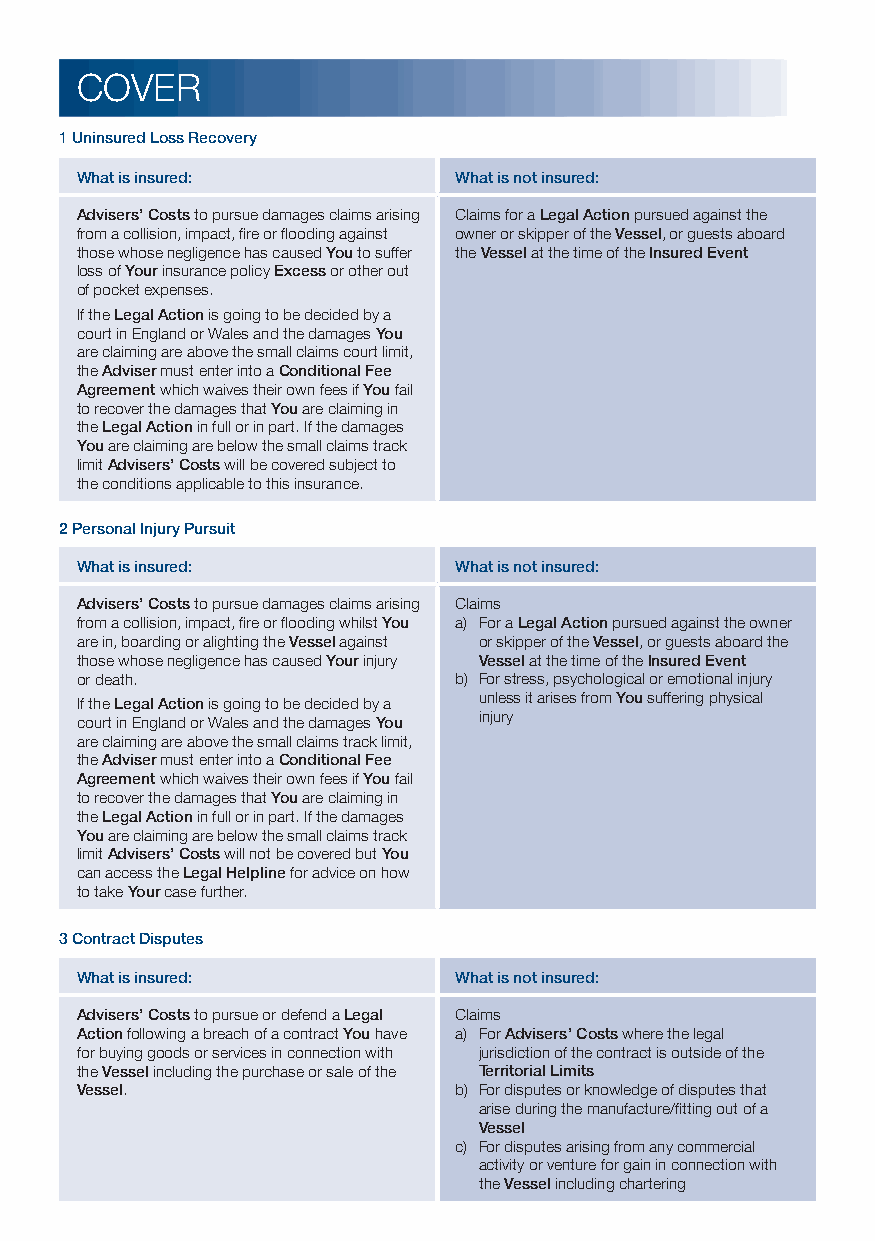
COVER
 1 Uninsured Loss Recovery
 What is insured:         What is not insured:
 Advisers’ Costs to pursue damages claims arising Claims for a Legal Action pursued against the
 from a collision, impact, fire or flooding against owner or skipper of the Vessel, or guests aboard
 those whose negligence has caused You to suffer the Vessel at the time of the Insured Event
 loss of Your insurance policy Excess or other out
 of pocket expenses.
 If the Legal Action is going to be decided by a
 court in England or Wales and the damages You
 are claiming are above the small claims court limit,
 the Adviser must enter into a Conditional Fee
 Agreement which waives their own fees if You fail
 to recover the damages that You are claiming in
 the Legal Action in full or in part. If the damages
 You are claiming are below the small claims track
 limit Advisers’ Costs will be covered subject to
 the conditions applicable to this insurance.
 2 Personal Injury Pursuit
 What is insured:         What is not insured:
 Advisers’ Costs to pursue damages claims arising Claims
 from a collision, impact, fire or flooding whilst You a) For a Legal Action pursued against the owner
 are in, boarding or alighting the Vessel against or skipper of the Vessel, or guests aboard the
 those whose negligence has caused Your injury Vessel at the time of the Insured Event
 or death.                b) For stress, psychological or emotional injury
 If the Legal Action is going to be decided by a unless it arises from You suffering physical
 court in England or Wales and the damages You injury
 are claiming are above the small claims track limit,
 the Adviser must enter into a Conditional Fee
 Agreement which waives their own fees if You fail
 to recover the damages that You are claiming in
 the Legal Action in full or in part. If the damages
 You are claiming are below the small claims track
 limit Advisers’ Costs will not be covered but You
 can access the Legal Helpline for advice on how
 to take Your case further.
 3 Contract Disputes
 What is insured:         What is not insured:
 Advisers’ Costs to pursue or defend a Legal Claims
 Action following a breach of a contract You have a) For Advisers’ Costs where the legal
 for buying goods or services in connection with jurisdiction of the contract is outside of the
 the Vessel including the purchase or sale of the Territorial Limits
 Vessel.                  b) For disputes or knowledge of disputes that
 arise during the manufacture/fitting out of a
 Vessel
 c) For disputes arising from any commercial
 activity or venture for gain in connection with
 the Vessel including chartering